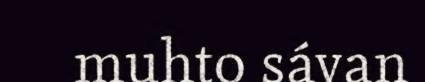
muhto sávan